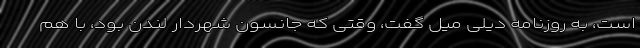
است، به روزنامه دیلی میل گفت، وقتی که جانسون شهردار لندن بود، با هم